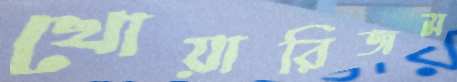
খোয়ারিজম